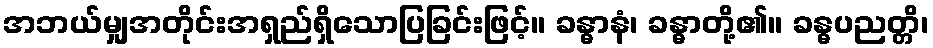
အဘယ်မျှအတိုင်းအရှည်ရှိသောပြခြင်းဖြင့်။ ခန္ဓာနံ၊ ခန္ဓာတို့၏။ ခန္ဓပညတ္တိ၊